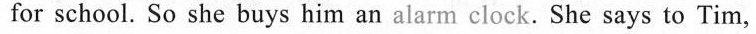
for school. So she buys him an alarm clock. She says to Tim,